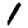
Digit: 1